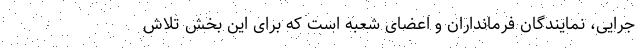
جرایی، نمایندگان فرمانداران و اعضای شعبه است که برای این بخش تلاش